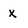
Character: x